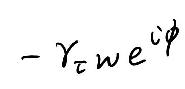
\(- \gamma_{\tau} w e^{i \phi}\)